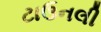
ટાઉનલી